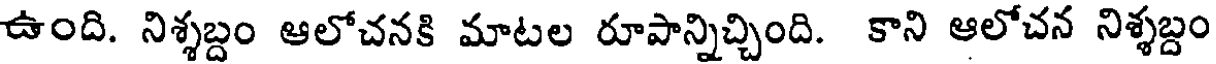
ఉంది. నిశ్శబ్దం ఆలోచనకి మాటల రూపాన్నిచ్చింది. కాని ఆలోచన నిశ్శబ్దం